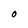
Character: O